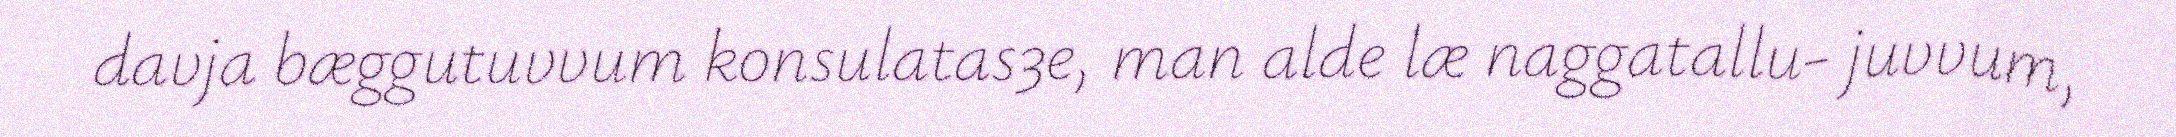
davja bæggutuvvum konsulatas3e, man alde læ naggatallu- juvvum,